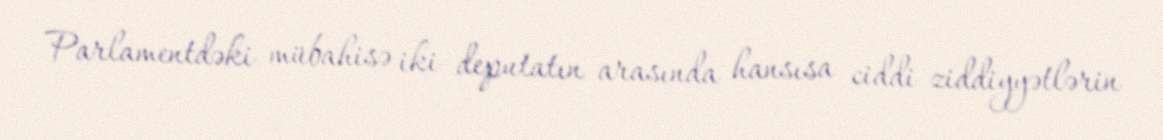
Parlamentdəki mübahisə iki deputatın arasında hansısa ciddi ziddiyyətlərin